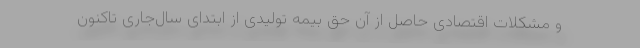
و مشکلات اقتصادی حاصل از آن حق بیمه تولیدی از ابتدای سال‌جاری تاکنون